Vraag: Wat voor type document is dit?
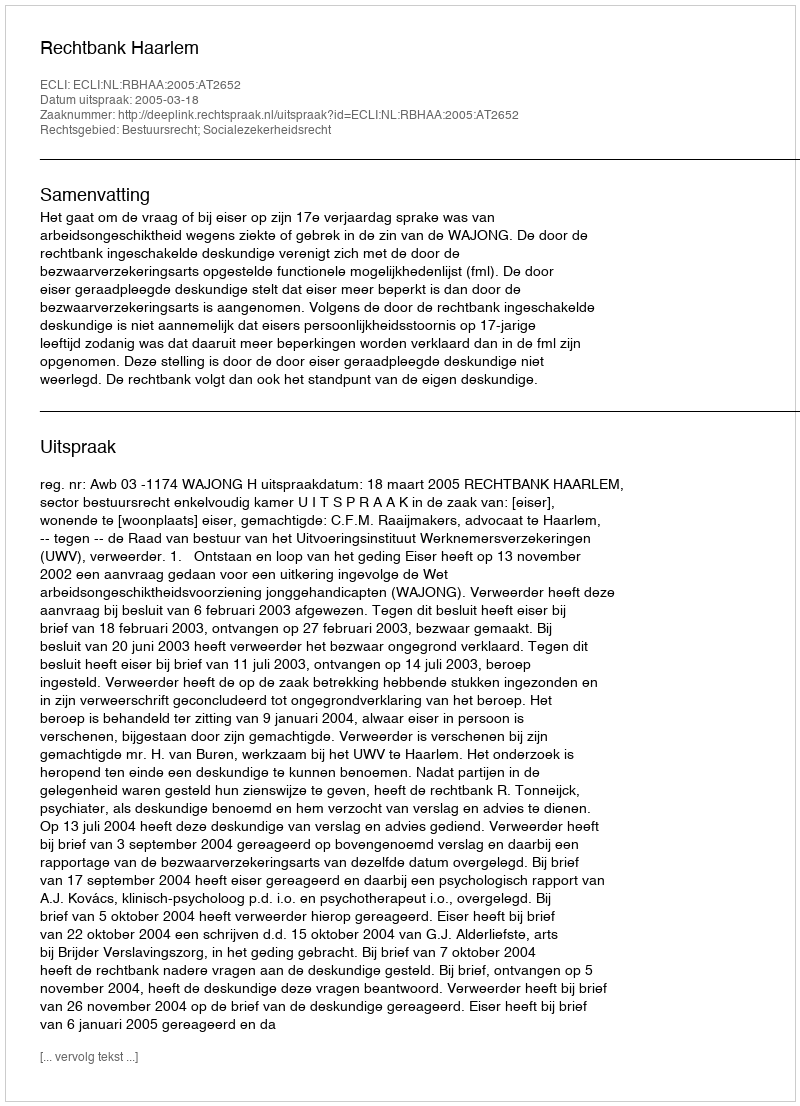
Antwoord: Uitspraak